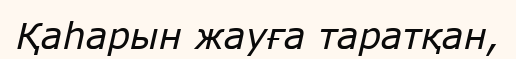
Қаһарын жауға таратқан,